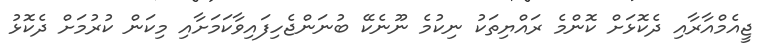
ޖީއެމްއާރާއި ދެކޮޅަށް ކޮންމެ ރައްޔިތަކު ނިކުމެ ނޫނެކޭ ބުނަންޖެހިފައިވާކަމަށާއި މިކަން ކުުރުމަށް ދެކޮޅު